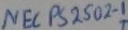
Text: NEC PS 2502